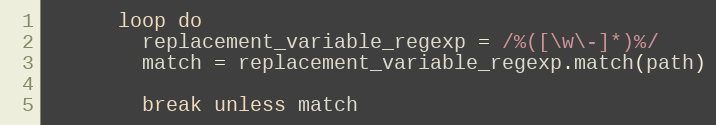
Language: Ruby
      loop do
        replacement_variable_regexp = /%([\w\-]*)%/
        match = replacement_variable_regexp.match(path)

        break unless match